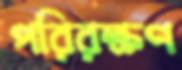
পরিরক্ষণ